65_HS1-834228961_62-HQ-83894_Section_8
Agency: FBI
Page 174
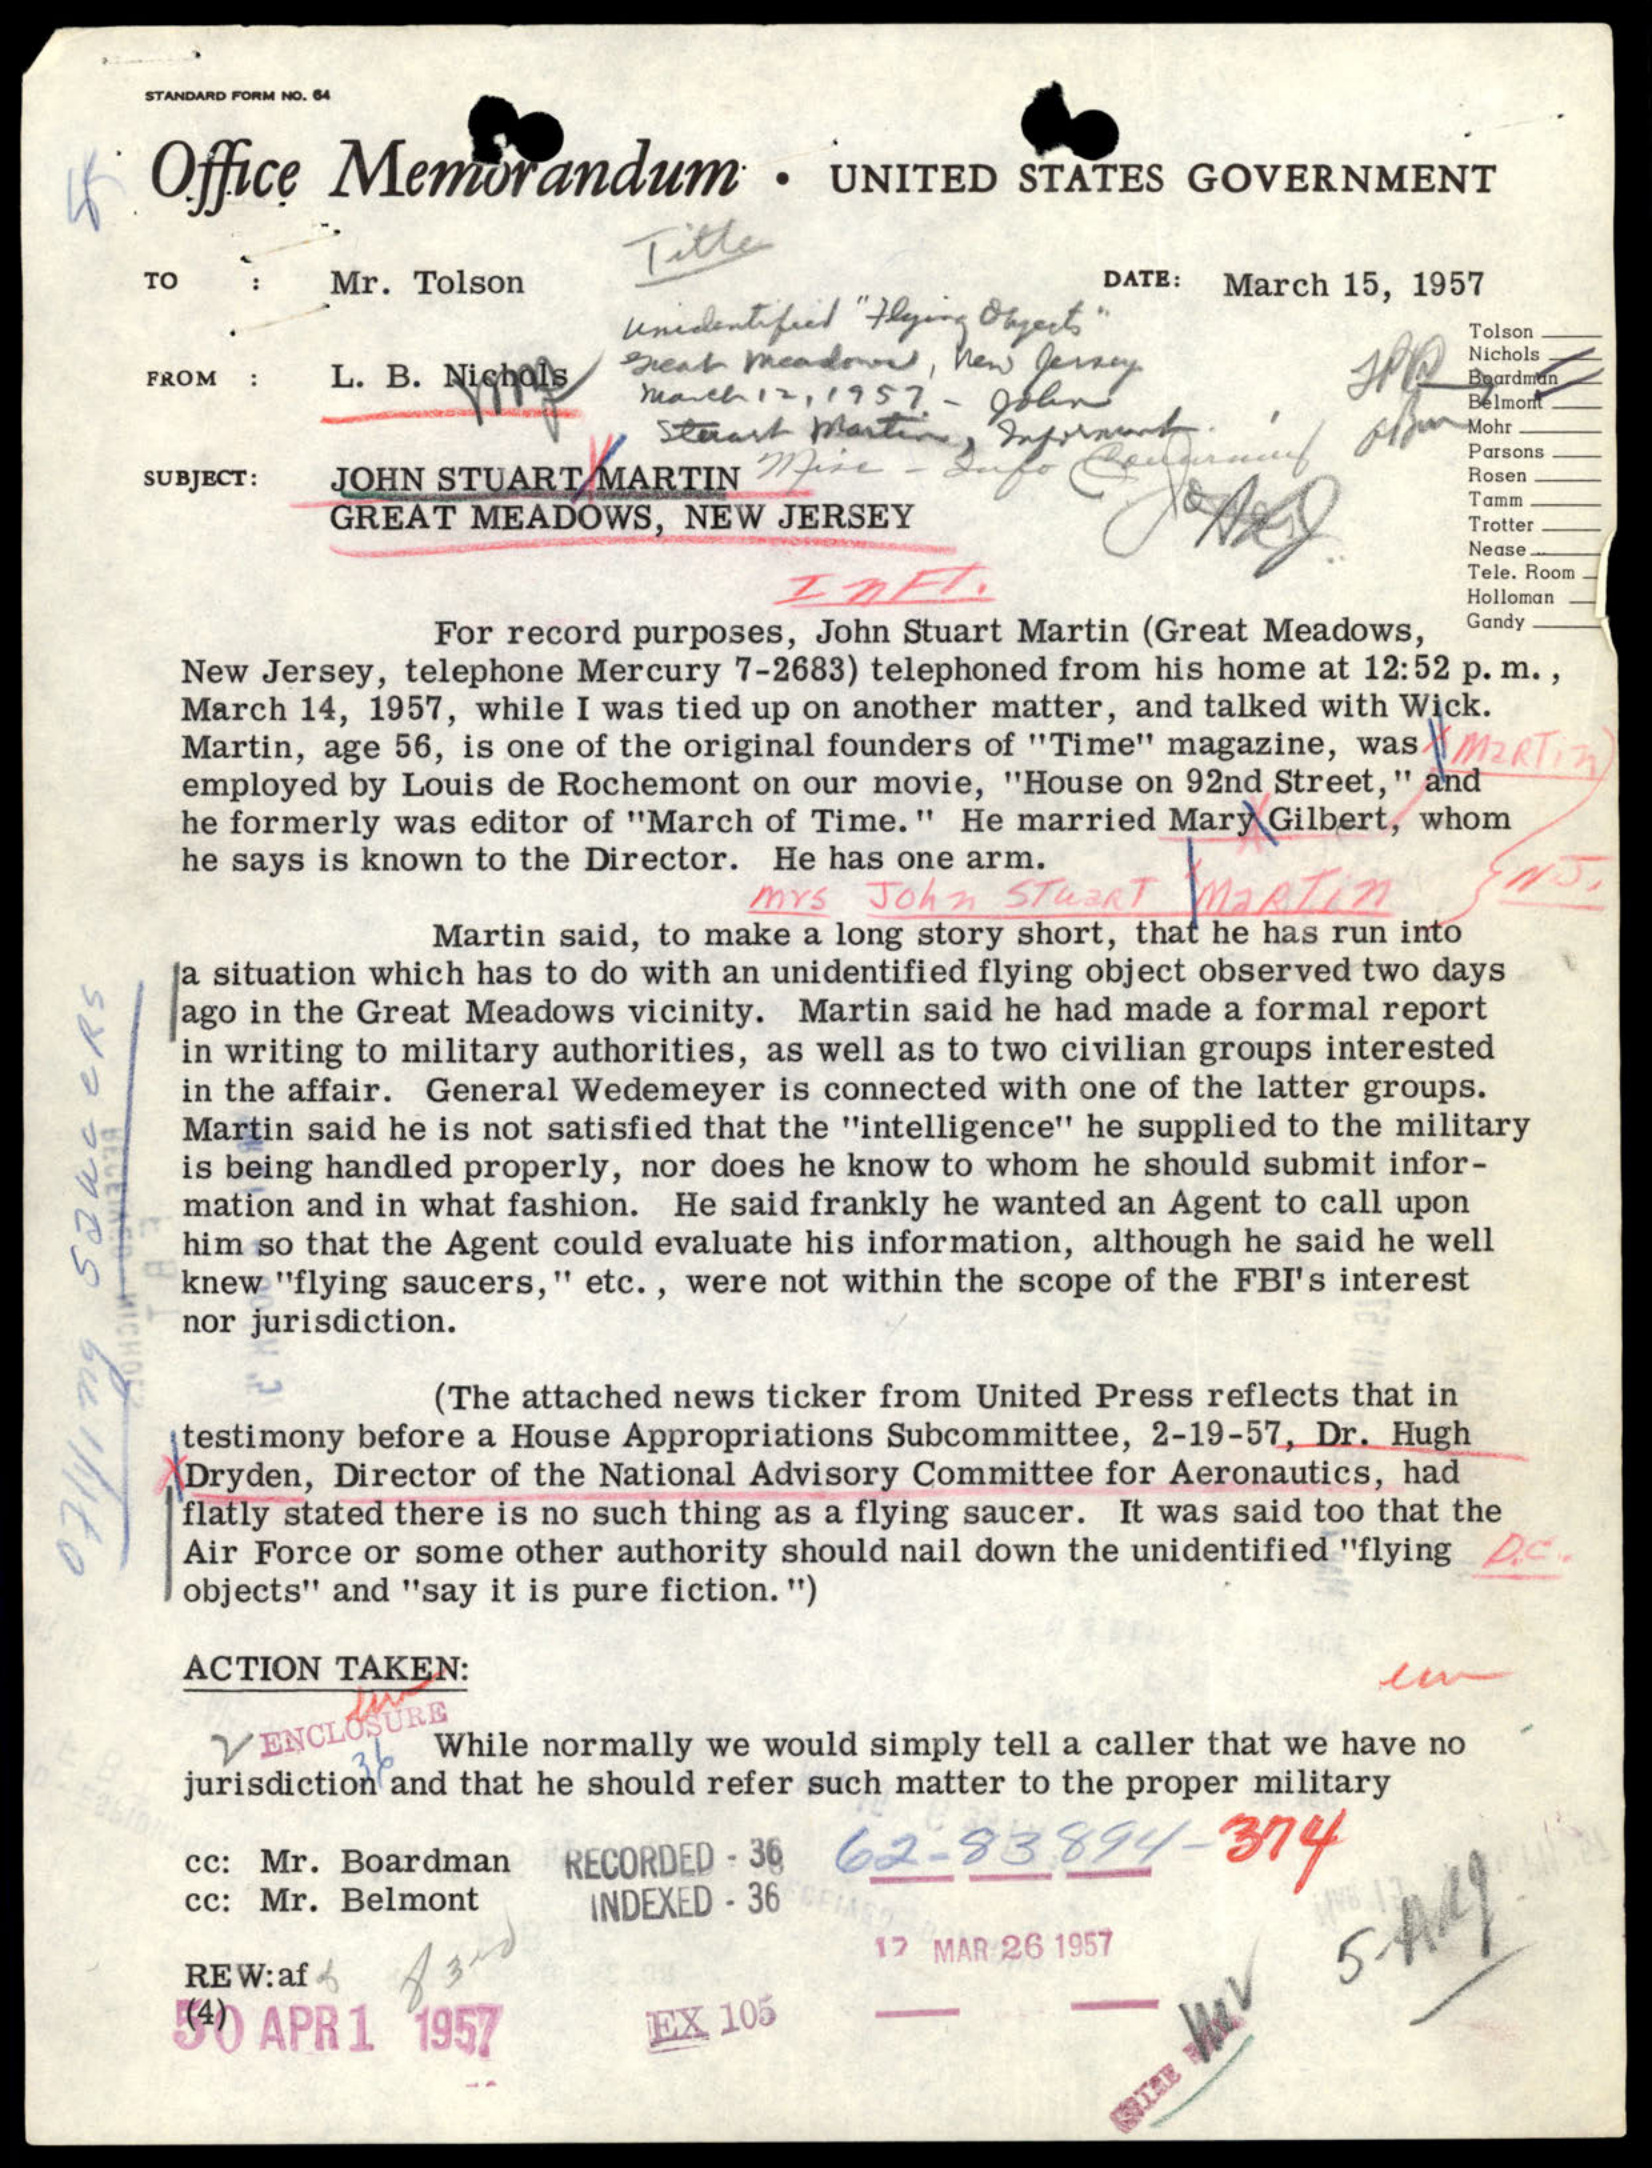